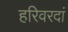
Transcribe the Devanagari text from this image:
हरिवरदां